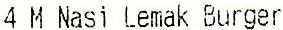
4 M NASI LEMAK BURGER